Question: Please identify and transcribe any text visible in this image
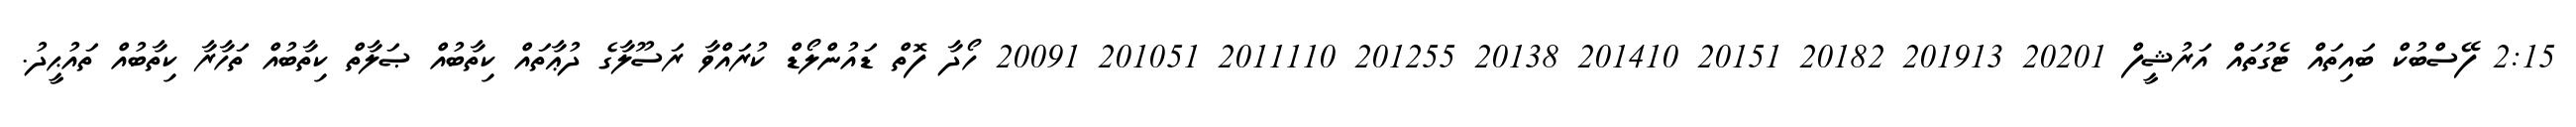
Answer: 2:15 ފޭސްބުކް ބައިތައް ޓެގުތައް އަރުޝީފް 20201 201913 20182 20151 201410 20138 201255 2011110 201051 20091 ހޯދާ ފޮތް ޑައުންލޯޑް ކުރައްވާ ރަސޫލާގެ ދުޢާތައް ކިތާބުއް ޞަލާތް ކިތާބުއް ތަހާރާ ކިތާބުއް ތައުޙީދު.